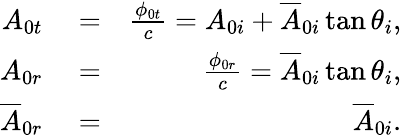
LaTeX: \begin{array}{rlr}{A_{0t}}&{{}=}&{\frac{\phi_{0t}}{c}=A_{0i}+\overline{{A}}_{0i}\tan\theta_{i},}\\ {A_{0r}}&{{}=}&{\frac{\phi_{0r}}{c}=\overline{{A}}_{0i}\tan\theta_{i},}\\ {\overline{{A}}_{0r}}&{{}=}&{\overline{{A}}_{0i}.}\end{array}